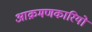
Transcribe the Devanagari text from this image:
आक्रमणकारियोंं